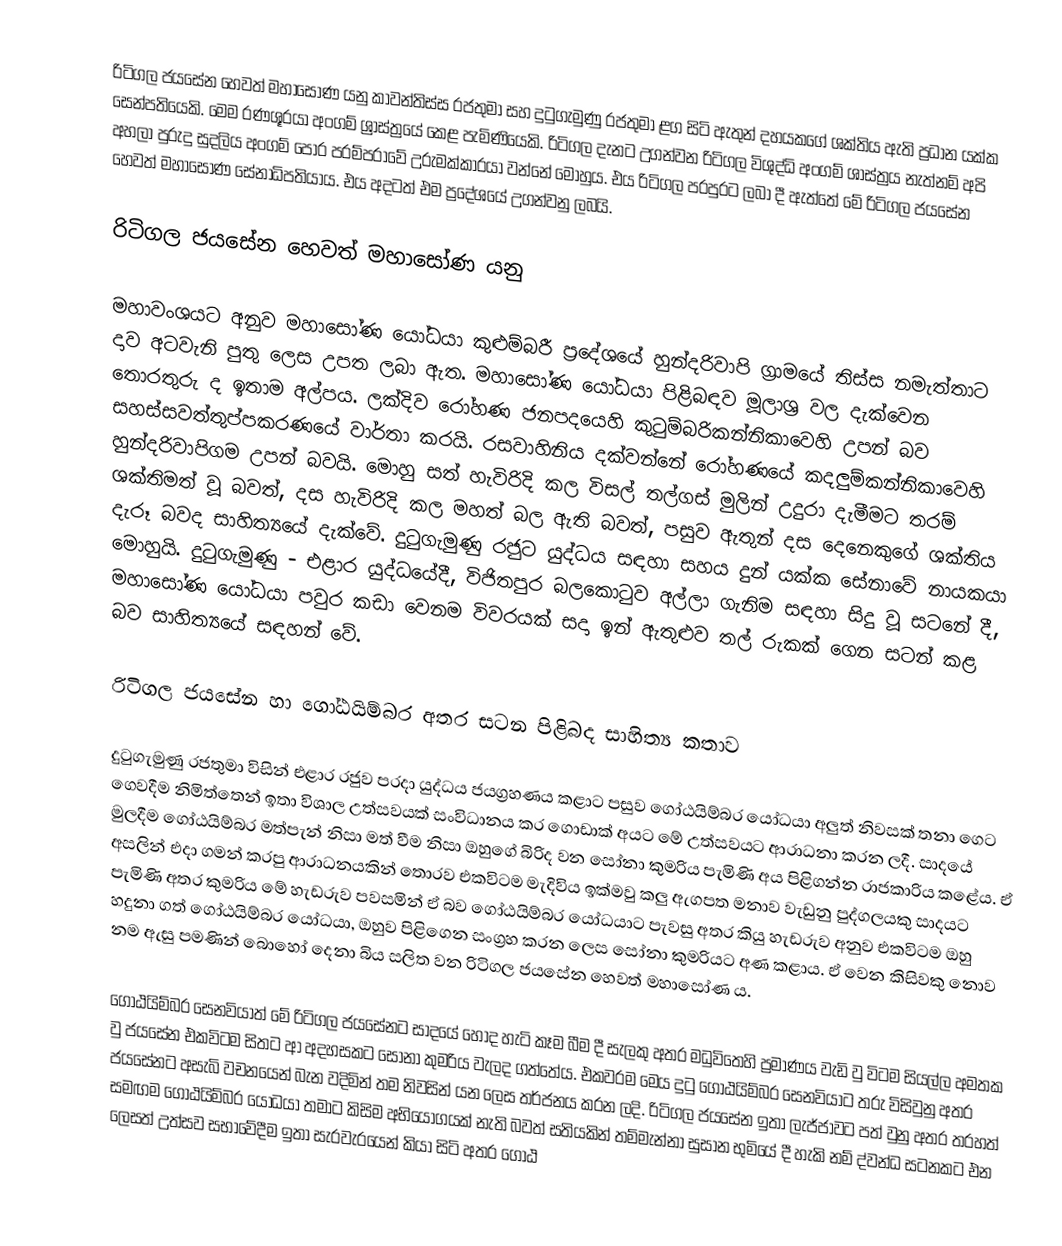
රිටිගල ජයසේන හෙවත් මහාසෝණ යනු කාවන්තිස්ස රජතුමා සහ දුටුගැමුණු රජතුමා ළග සිටි ඇතුන් දහයකගේ ශක්තිය ඇති ප්‍රධාන යක්ක සෙන්පතියෙකි. මෙම රණශූරයා අංගම් ශ්‍රාස්ත්‍රයේ කෙළ පැමිණියෙකි. රිටිගල දැනට උගන්වන රිටිගල විශුද්ධි අංගම් ශාස්ත්‍රය නැත්නම් අපි අහලා පුරුදු සුදලිය අංගම් පොර පරම්පරාවේ උරුමක්කාරයා වන්නේ මොහුය. එය රිටිගල පරපුරට ලබා දී ඇත්තේ මේ රිටිගල ජයසේන හෙවත් මහාසෝණ සේනාධිපතියාය. එය අදටත් එම ප්‍රදේශයේ උගන්වනු ලබයි.

රිටිගල ජයසේන හෙවත් මහාසෝණ යනු

මහාවංශයට අනුව මහාසෝණ යෝධයා කුළුම්බරී ප්‍රදේශයේ හුන්දරිවාපි ග්‍රාමයේ තිස්ස නමැත්තාට දාව අටවැනි පුතු ලෙස උපත ලබා ඇත. මහාසෝණ යෝධයා පිළිබඳව මූලාශ්‍ර වල දැක්වෙන තොරතුරු ද ඉතාම අල්පය. ලක්දිව රෝහණ ජනපදයෙහි කුටුම්බරිකන්නිකාවෙහි උපන් බව සහස්සවත්තුප්පකරණයේ වාර්තා කරයි. රසවාහිනිය දක්වන්නේ රෝහණයේ කදලුම්කන්නිකාවෙහි හුන්දරිවාපිගම උපන් බවයි. මොහු සත් හැවිරිදි කල විසල් තල්ගස් මුලින් උදුරා දැමීමට තරම් ශක්තිමත් වූ බවත්, දස හැවිරිදි කල මහත් බල ඇති බවත්, පසුව ඇතුන් දස දෙනෙකුගේ ශක්තිය දැරූ බවද සාහිත්‍යයේ දැක්වේ. දුටුගැමුණු රජුට යුද්ධය සඳහා සහය දුන් යක්ක සේනාවේ නායකයා මොහුයි. දුටුගැමුණු - එළාර යුද්ධයේදී, විජිතපුර බලකොටුව අල්ලා ගැනිම සඳහා සිදු වූ සටනේ දී, මහාසෝණ යෝධයා පවුර කඩා වෙනම විවරයක් සදා ඉන් ඇතුළුව තල් රුකක් ගෙන සටන් කළ බව සාහිත්‍යයේ සඳහන් වේ.

රිටිගල ජයසේන හා ගෝඨයිම්බර අතර සටන පිළිබද සාහිත්‍ය කතාව

දුටුගැමුණු රජතුමා විසින් එළාර රජුව පරදා යුද්ධය ජයග්‍රහණය කළාට පසුව ගෝඨයිම්බර යෝධයා අලුත් නිවසක් තනා ගෙට ගෙවදීම නිමිත්තෙන් ඉතා විශාල උත්සව‍යක් සංවිධානය කර ගොඩාක් අයට මේ උත්සවයට ආරාධනා කරන ලදී. සාදයේ මුලදීම ගෝඨයිම්බර මත්පැන් නිසා මත් වීම නිසා ඔහුගේ බිරිද වන සෝනා කුමරිය පැමිණි අය පිළිගන්න රාජකාරිය කළේය. ඒ අසලින් එදා ගමන් කරපු ආරාධනයකින් තොරව එකවිටම මැදිවිය ඉක්මවු කලු ඇගපත මනාව වැඩුනු පුද්ගලයකු සාදය‍ට පැමිණි අතර කුමරිය මේ හැඩරුව පවසමින් ඒ බව ගෝඨයිම්බර යෝධයාට පැවසු අතර කියු හැඩරුව අනුව එකවිටම ඔහු හදුනා ගත් ගෝඨයිම්බර යෝධයා, ඔහුව පිළිගෙන සංග්‍රහ කරන ලෙස සෝනා කුමරියට අණ කළාය. ඒ වෙන කිසිවකු ‍නොව නම ඇසු පමණින් බොහෝ දෙනා බිය සලිත වන රිටිගල ජයසේන හෙවත් මහාසෝණ ය.

ගෝඨයිම්බර ‍සෙනවියාත් මේ රිටිගල ජයසේනට සාදයේ හොද හැටි කෑම බීම දී සැලකු අතර මධුවිතෙහි ප්‍රමාණය වැඩි වු විටම සියල්ල අමතක වු ජයසේන එකවිටම සිතට ආ අදහසකට සෝනා කුමරිය වැලද ගත්තේය. එකවරම මෙය දුටු ‍ගෝඨයිම්බර සෙනවියාට තරු විසිවුනු අතර ජයසේනට අසැබි වචනයෙන් බැන වදිමින් තම නිවසින් යන ලෙස තර්ජනය කරන ලදි. රිටිගල ජයසේන ඉතා ලැජ්ජාවට පත් වුනු අතර තරහත් සමඟම ගෝඨයිම්බර යෝධයා තමාට කිසිම අභියෝගයක් නැති බවත් සතියකින් තම්මැන්නා සුසාන භුමියේ දී හැකි නම් ද්වන්ධ සටනකට එන ලෙසත් උත්සව සභාවේදීම ඉතා සැරවැරයෙන් කියා සිටි අතර ‍ගෝඨ